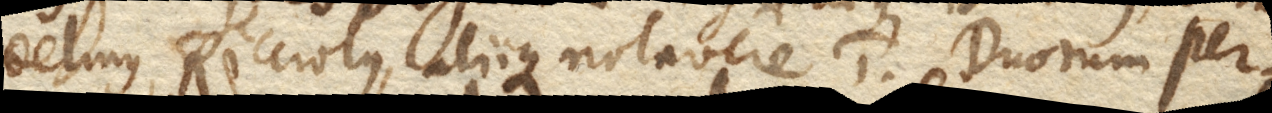
delinus, Ricciolus, aliique notavere 1. Duorum per–